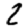
Digit: 2